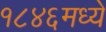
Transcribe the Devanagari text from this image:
१८४६मध्ये